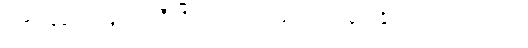
ပတ်နေမှသာလျှင် အဲဒီ ဂြိုဟ်ရဲ့ လအဖြစ် သတ်မှတ်နိုင်တာ ဖြစ်ပါတယ်။